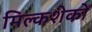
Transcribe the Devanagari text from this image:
मिल्कशेकों